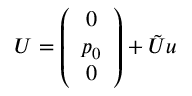
U = \left( \begin{array} { c } { { 0 } } \\ { { p _ { 0 } } } \\ { { 0 } } \end{array} \right) + \tilde { U } u